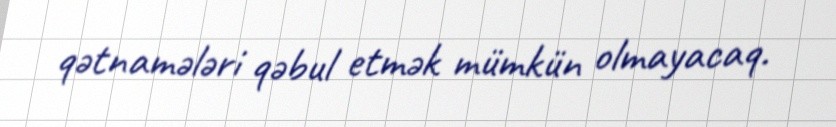
qətnamələri qəbul etmək mümkün olmayacaq.